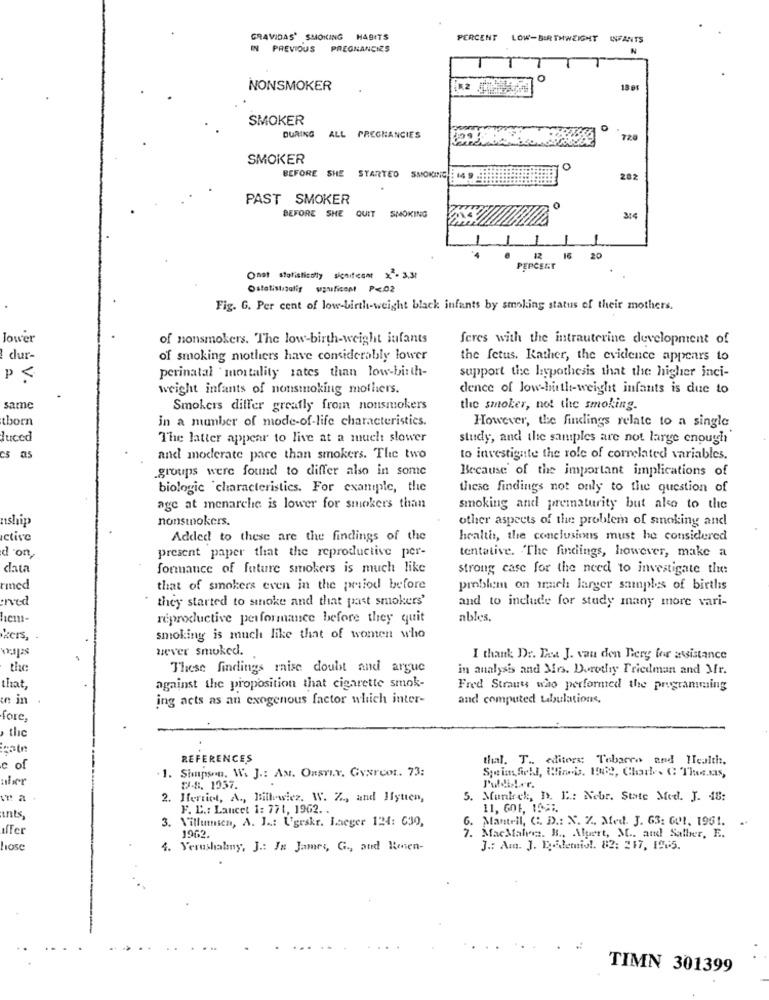
GRAVIDAS' SMOKING HABITS
PERCENT
LOW-BIRTHWEIGHT INFANTS
IN PREVIOUS
PREGNANCIES
0
NONSMOKER
13 BE
SMOKER
DURING ALL PREGNANCIES
720
SMOKER
BEFORE SHE STARTED SMOKING
282
PAST SMOKER
0
BEFORE SHE QUIT SMOKING
314
12
16
20
PEPCENT
Onet statistically significant x - 3.31
Ostalistasalif uyuficent P<02
Fig. G. Per cent of low-birth-weight black infants by smoking status of their mothers.
lower
of nonsmokers. The low-birth-weight infants
feres with the intrauterine development of
dur-
of smoking mothers have considerably lower
the fetus. Rather, the evidence appears to
perinatal mortality rates than low-birth-
P <
support the hypothesis that the higher inci-
weight infants of nonsmoking mothers.
dence of Jow-hitthe-weight infants is due to
same
Smokers differ greatly from nonsmokers
the smoker, not the smoking.
thorn
in a munber of mode-of-life characteristics.
However, the findings relate to a single
luced
The latter appear to live at a much slower
study, and the samples are not large enough
CS as
and moderate pare than smokers. The two
to investigate the role of correlated variables.
groups were found to differ also in some
Because of the important implications of
biologic characteristics. For example, the
these findings not only to the question of
age at menarche is lower for smokers than
smoking and prematurity but ako to the
aship
nonsmokers.
other aspects of the problem of sinoking and
ctive
Added to these are the findings of the
health, the conclusions must he considered
present paper that the reproductive per-
tentative. The findings, however, make a
d'on,
data
formance of future smokers is much like
strong case for the need to investigate the
rmned
that of smokers even in the period before
problem on much larger samples of birthis
erved
" they started to smoke and that past smokers'
and to include for study many more vari-
reproductive performance before they quit
ables.
izers,
smoking is much like that of women who
wever smoked.
I thank Dr. Dea J. van den Berg for assistance
the
These findings raise doubt and argue
in analysis and Mrs. Dorotry Friedman and Mr.
that
against the proposition that cigarette smok-
Fred Strauss who performed the programming
en in
ing acts as an exogenous factor which inter-
and computed tabulations,
fore.
, the
REFERENCES
that. T. editors: Tobacco and Health.
c of
1. Simpson, W. J .: AM. OnsTI.Y, Gyarcot. 73:
aber
Sein field, Bin's. 1982, Charb. C The.ks,
2-8. 1957.
2. Herriot, A ., Billewicz. W. Z ., and Hytten,
5. Munleck, D. I .: Nebr. State Med. J. 48:
F. L .: Lancet 1: 771, 1962. .
11, 601, 155%.
ints,
6. Mantell, C. D .: N. Z. Med. J. 63: 601, 1961.
3. Villunsca, A. J .: Ugrskr. Laeger 124: 630,
1962.
7. MacMalres. B ., Alpert, M .. atd Salber, E.
hose
4. Verushalny, J .: In James, G ., aud Rensen-
J .: Am. J. Dybdemio !. 82: 217, 1965.
TIMN 301399